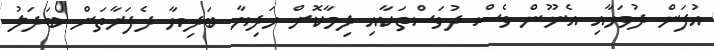
އުފަން ދުވަހާއި އެނޫން ވެސް ދުވަސްތަކާއި ދިމާކޮށް ހަދިޔާ ބަދިޔާ ދެފަރާތަށް ބަދަލު